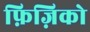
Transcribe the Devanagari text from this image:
फ़िज़िको